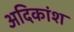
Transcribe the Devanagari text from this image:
अदिकांश